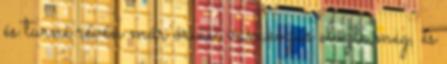
és turné révén már óriási várakozás előzte meg, és